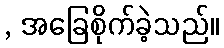
, အခြေစိုက်ခဲ့သည်။